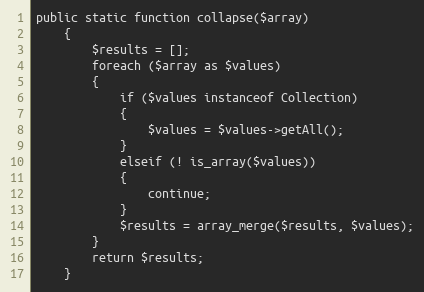
Language: PHP
public static function collapse($array)
	{
		$results = [];
		foreach ($array as $values)
		{
			if ($values instanceof Collection)
			{
				$values = $values->getAll();
			}
			elseif (! is_array($values))
			{
				continue;
			}
			$results = array_merge($results, $values);
		}
		return $results;
	}